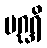
ပဂ္ဃရိ